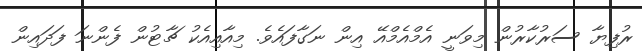
ރުފިޔާ ސަރުކާރުން މިވަނީ އެމްއެމްއޭ އިން ނަގާފައެވެ. މިއާއިއެކު ޗާޓުން ފެންނަ ފަދައިން